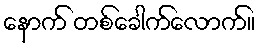
နောက် တစ်ခေါက်လောက်။